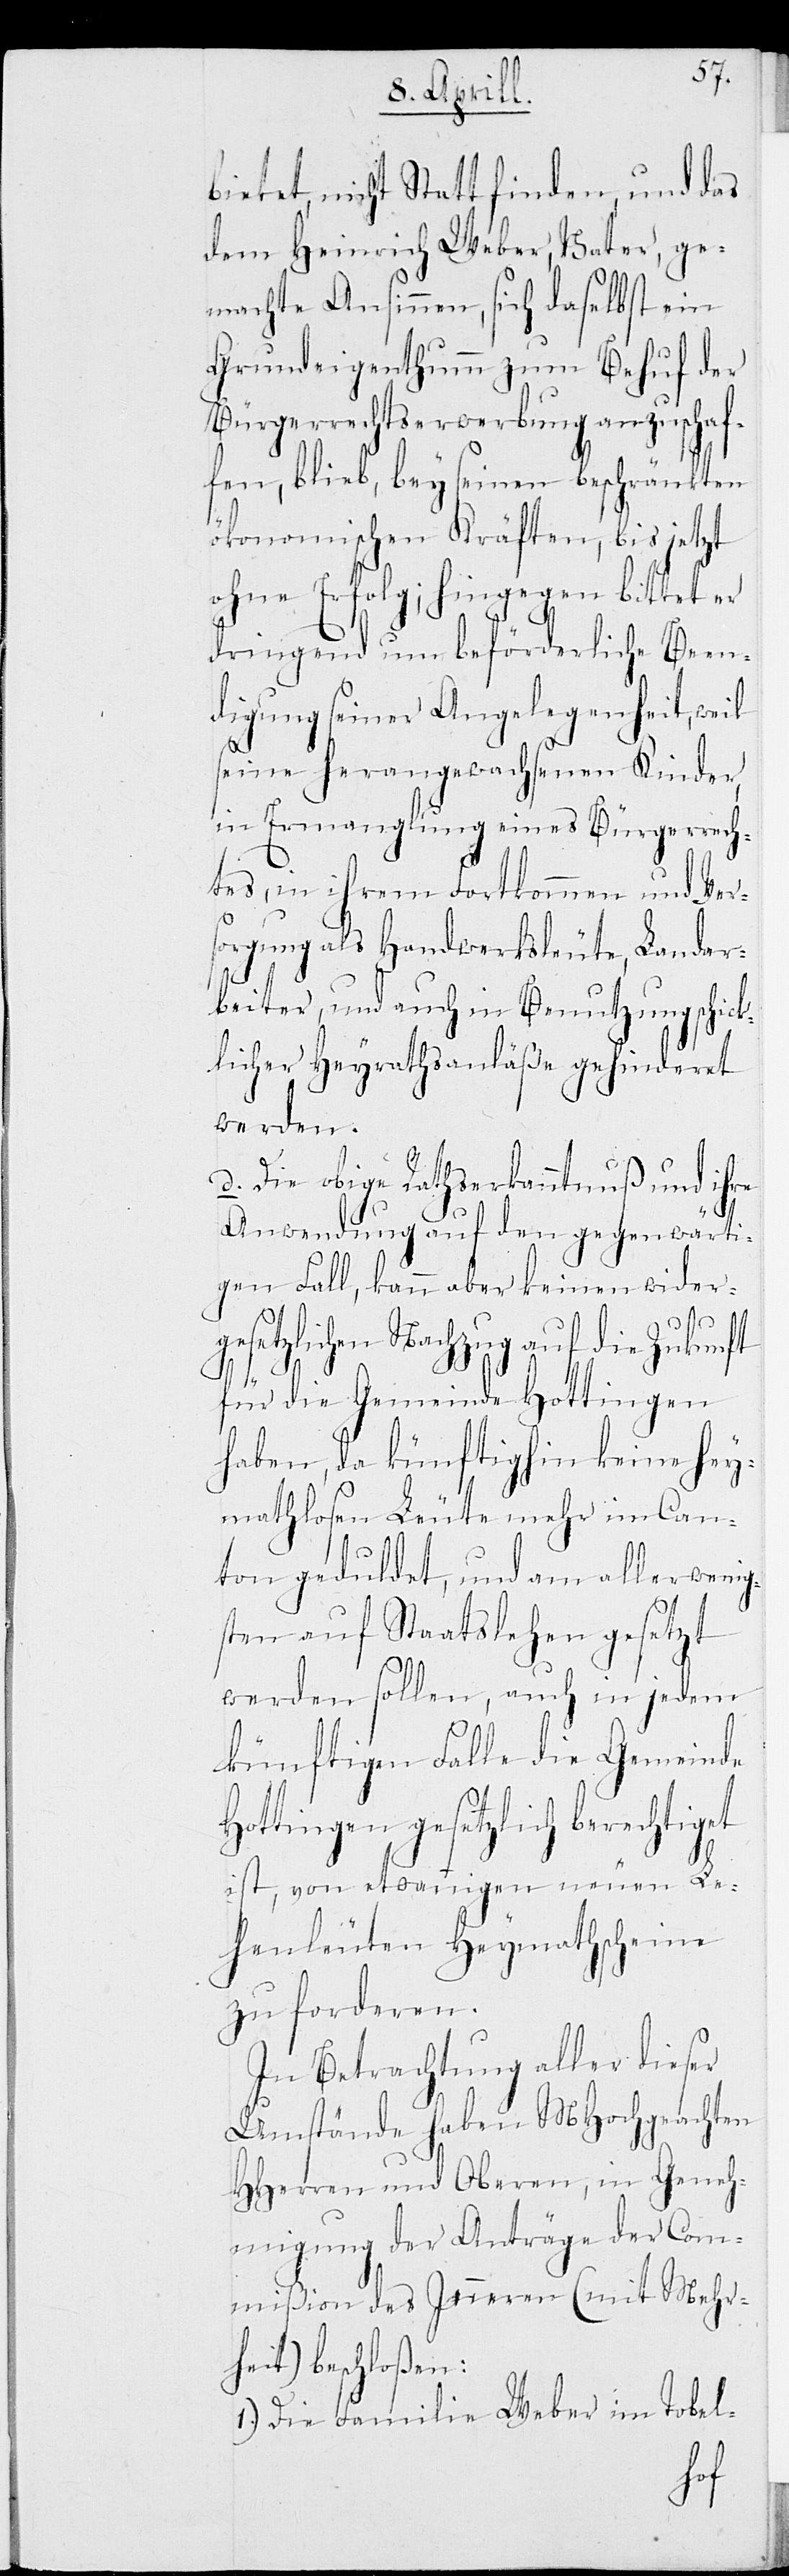
bietet, nicht Statt finden, und das
dem Heinrich Weber, Vater, ge¬
machte Ansinnen, sich daselbst ein
Grundeigenthum zum Behuf der
Bürgerrechtserwerbung anzuschaf¬
fen, blieb, bey seinen beschränkten
ökonomischen Kräften, bis jetzt
ohne Erfolg; hingegen bittet er
dringend um befürderliche Been¬
digung seiner Angelegenheit, weil
seine herangewachsenen Kinder,
in Ermanglung eines Bürgerrech¬
tes, in ihrem Fortkommen und Ver¬
sorgung als Handwerksleute, Landar¬
beiter, und auch in Benutzung schic¬
klicher Heyrathsanläße gehinderet
werden.
d. Die obige Rathserkanntnuß und ihre
Anwendung auf den gegenwärti¬
gen Fall, kann aber keinen wider¬
gesetzlichen Nachzug auf die Zukunft
für die Gemeinde Hottingen
haben, da künftighin keine hey¬
mathlosen Leute mehr im Can¬
ton geduldet, und am allerwenig¬
sten auf Staatslehen gesetzt
werden sollen, auch in jedem
künftigen Falle die Gemeinde
Hottingen gesetzlich berecht¬
ist, von etwannigen neuen Le¬
henleuten Heymathscheine
zu forderen.
In Betrachtung aller dieser
Umstände haben MHochgachten
HHerren und Oberen, in Geneh¬
migung der Anträge der Com¬
mißion des Inneren (mit Mehr¬
heit) beschloßen:
1.) Die Familie Weber im Tobel-
iget